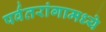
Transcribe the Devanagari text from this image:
पर्वतरांगामध्ये